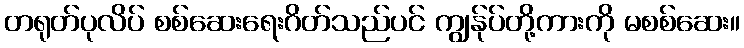
တရုတ်ပုလိပ် စစ်ဆေးရေးဂိတ်သည်ပင် ကျွန်ုပ်တို့ကားကို မစစ်ဆေး။